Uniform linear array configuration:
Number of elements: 64
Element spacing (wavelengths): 1
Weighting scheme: kaiser
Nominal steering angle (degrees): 45
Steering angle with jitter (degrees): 45.568
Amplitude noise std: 0.05
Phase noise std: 0.05

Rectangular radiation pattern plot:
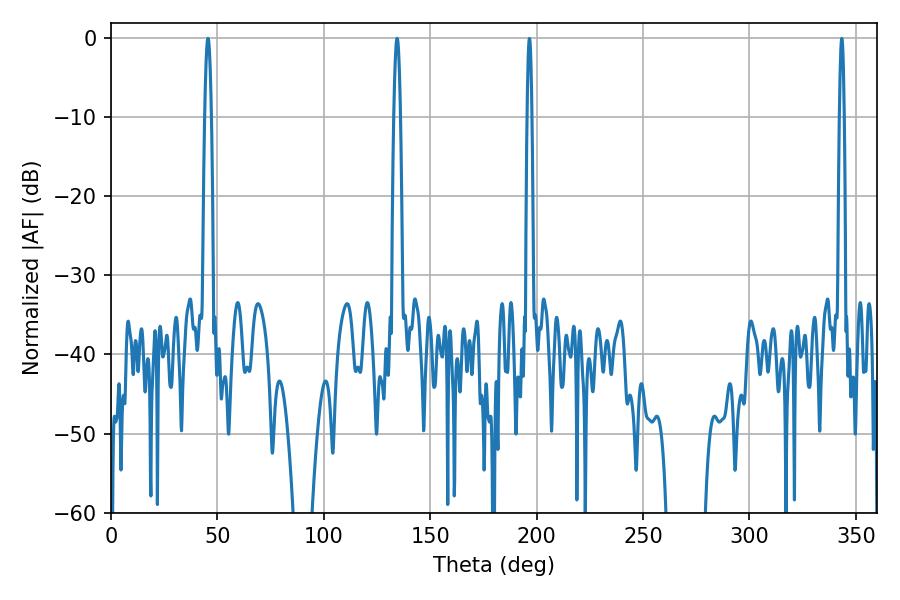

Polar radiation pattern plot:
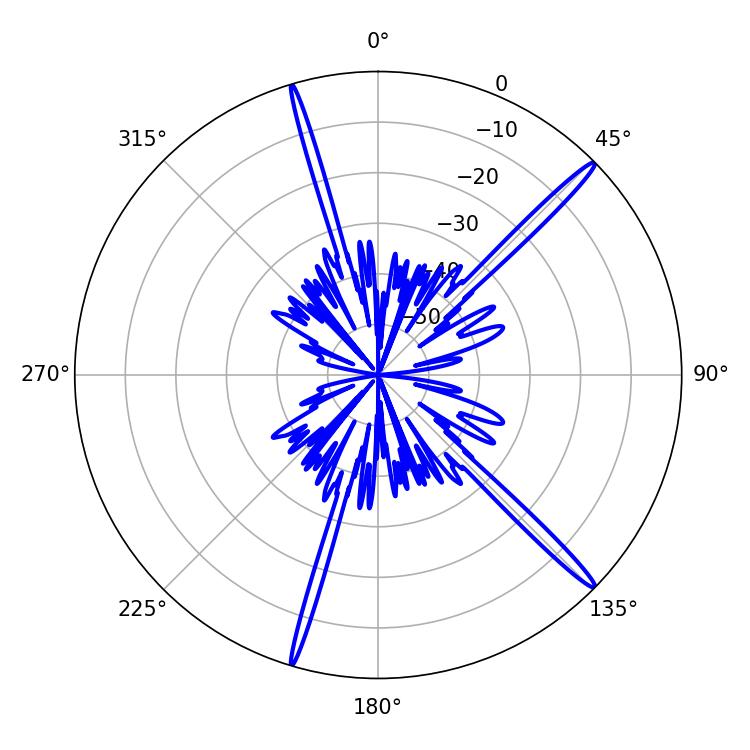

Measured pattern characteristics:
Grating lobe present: TRUE
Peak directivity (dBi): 17.732
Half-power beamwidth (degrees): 1.62
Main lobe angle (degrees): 45.54